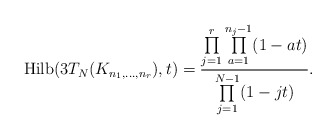
\begin{gather*}{\rm Hilb}(3T_N(K_{n_1,\ldots,n_r}),t) = \frac{\prod\limits_{j=1}^{r} \prod\limits_{a=1}^{n_{j}-1} (1-a t)}{\prod\limits_{j=1}^{N-1}(1- jt)}.\end{gather*}